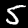
Label: 5